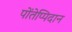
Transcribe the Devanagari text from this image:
पोंतेप्पिदान